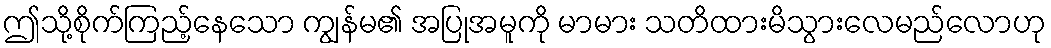
ဤသို့စိုက်ကြည့်နေသော ကျွန်မ၏ အပြုအမူကို မာမား သတိထားမိသွားလေမည်လောဟု